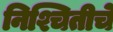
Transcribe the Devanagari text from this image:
निश्चितीचे